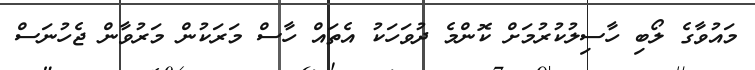
މައުވާގެ ލޯބި ހާސިލުކުރުމަށް ކޮންމެ ދުވަހަކު އެތައް ހާސް މަރަކުން މަރުވާން ޖެހުނަސް